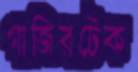
গাজিরটেক